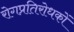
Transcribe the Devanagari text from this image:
रोगप्रतिरोधकों